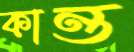
কান্ত